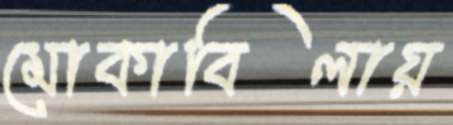
মোকাবিলায়